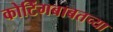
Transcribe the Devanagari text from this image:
कोटिंगबाबतच्या